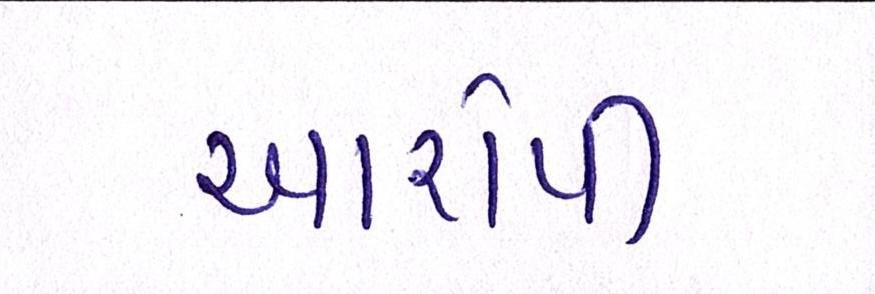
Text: આરોપી